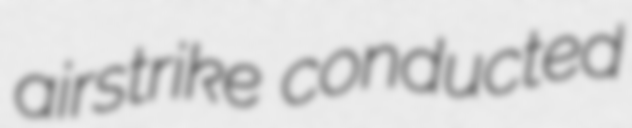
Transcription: airstrike conducted